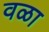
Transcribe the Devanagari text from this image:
वळा